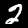
Digit: 2